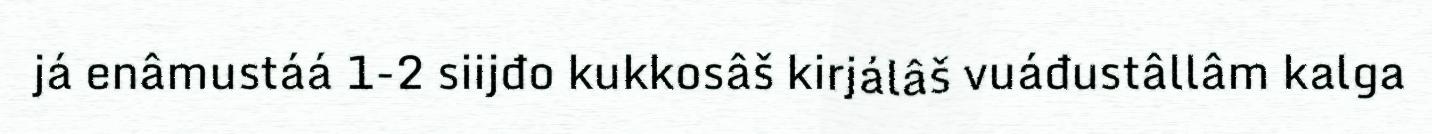
já enâmustáá 1-2 siijđo kukkosâš kirjálâš vuáđustâllâm kalga